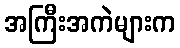
အကြီးအကဲများက